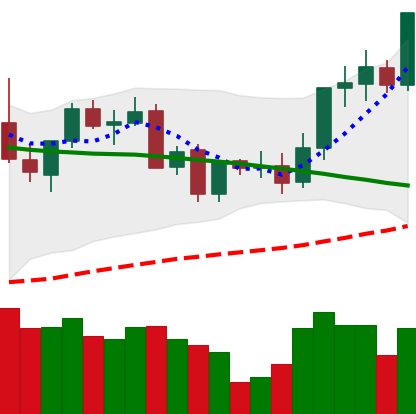
Ticker: LINK-USD
Chart end date: 2021-09-05
Forward return: -21.239%
Label: down_7plus